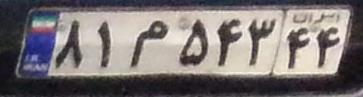
۸۱م۵۴۳۴۴